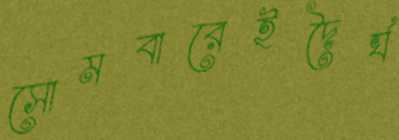
সোমবারেইদৈর্ঘ